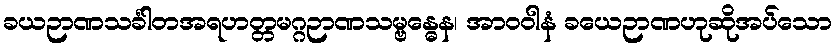
ခယဉာဏသင်္ခါတအရဟတ္တမဂ္ဂဉာဏသမ္ဗန္ဓေန၊ အာဝဝါနံ ခယေဉာဏဟုဆိုအပ်သော